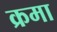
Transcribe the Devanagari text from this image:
क्रमा